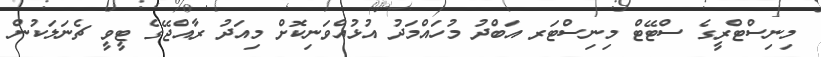
މިނިސްޓްރީގެ ސްޓޭޓް މިނިސްޓަރ އަބްދު މުހައްމަދު އުޅުއްވަނިކޮށް މިއަދު ރާއްޖޭގެ ޓީވީ ޗެނަލަކުން